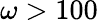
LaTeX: \omega>100